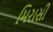
મિરાસી